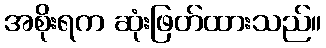
အစိုးရက ဆုံးဖြတ်ထားသည်။